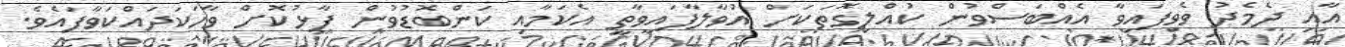
އާއި ދެމެދު ވެވިފައިވާ އެއްބަސްވުން ކުއްލިގޮތަކަށް އުވާލާފައިވާތީ އެކަމާއި ކަންބޮޑުވުން ފާޅުކޮށް ވާހަކަދައްކަވާފައެވެ.